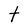
Character: t